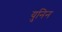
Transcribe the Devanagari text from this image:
युनिन